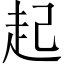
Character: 起